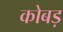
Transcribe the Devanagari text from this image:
कोबड़